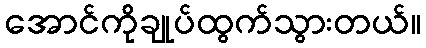
အောင်ကိုချုပ်ထွက်သွားတယ်။